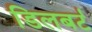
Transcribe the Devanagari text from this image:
डिलबर्ट